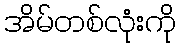
အိမ်တစ်လုံးကို